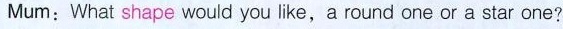
Mum;What shape would you like,a round one or a star one?